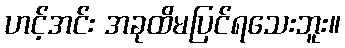
ဟင့်အင်း အခုထိမပြင်ရသေးဘူး။